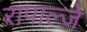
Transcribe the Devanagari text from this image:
रापाल्जे